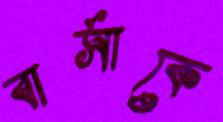
বার্সাকে